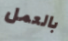
بالعمل